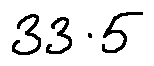
3 3 . 5